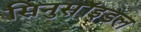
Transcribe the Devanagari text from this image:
सिनुसॉइडल